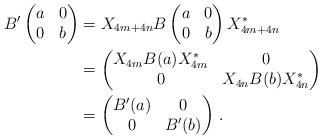
LaTeX: \begin{align*} B'\begin{pmatrix} a & 0 \\ 0 & b \end{pmatrix} &= X_{4m+4n} B \begin{pmatrix} a & 0 \\ 0 & b \end{pmatrix} X_{4m+4n}^* \\ &= \begin{pmatrix} X_{4m} B(a) X_{4m}^* & 0 \\ 0 & X_{4n} B(b) X_{4n}^* \end{pmatrix} \\ &= \begin{pmatrix} B'(a) & 0 \\ 0 & B'(b) \end{pmatrix} \, .\end{align*}